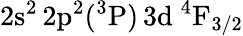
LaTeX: \mathrm{2s^{2}\, 2p^{2}(^{3}P)\, 3d~^{4}F_{3/2}}